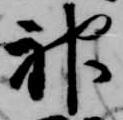
神